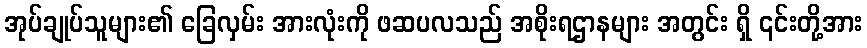
အုပ်ချုပ်သူများ၏ ခြေလှမ်း အားလုံးကို ဖဆပလသည် အစိုးရဌာနများ အတွင်း ရှိ ၎င်းတို့အား